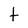
Character: t